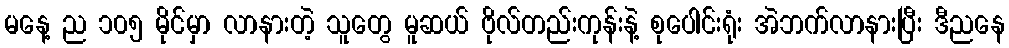
မနေ့ ည ၁၀၅ မိုင်မှာ လာနားတဲ့ သူတွေ မူဆယ် ဗိုလ်တည်းကုန်းနဲ့ စုပေါင်းရုံး အဲဘက်လာနားပြီး ဒီညနေ